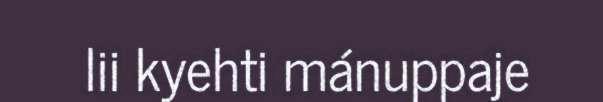
lii kyehti mánuppaje